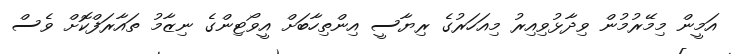
އަމީން މިމޭރުމުން ވިދާޅުވިއިރު މިއަހަރުގެ ރިޔާސީ އިންތިހާބަށް އީވޯޓިންގެ ނިޒާމު ތައާރަފްކޮށް ވެސް